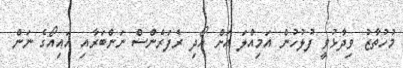
މުހުތާޒު ވިދާޅުވީ ފުލުހުން އަމިއްލަ އަށް ހޯދި ރެފަރެންސް ނަންބަރާއި އައިއޯގެ ނަން